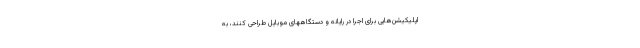
اپلیکیشن‌هایی برای اجرا در رایانه و دستگاههای موبایل طراحی کنند، به